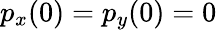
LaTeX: p_{x}(0)=p_{y}(0)=0